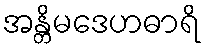
အန္တိမဒေဟဓာရိ